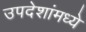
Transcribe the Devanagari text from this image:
उपदेशांमध्ये